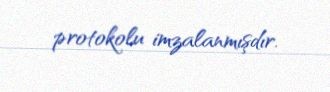
protokolu imzalanmışdır.